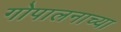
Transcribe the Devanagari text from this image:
गोपालनाच्या